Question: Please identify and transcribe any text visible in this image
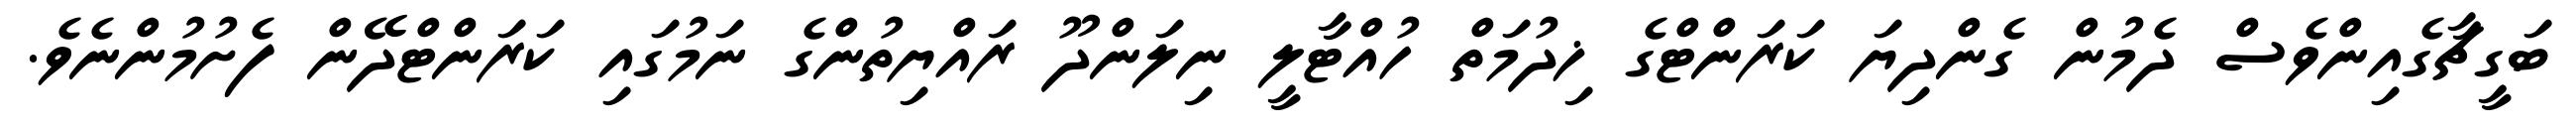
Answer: ބަގީޗާގެއިންވެސް ދެމުން ގެންދިޔަ ކަރަންޓްގެ ޚިދުމަތް ހުއްޓާލީ ނިލަންދޫ ރައްޔިތުންގެ ނަމުގައި ކަރަންޓްދޭން ފެށުމުންނެވެ.